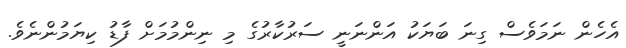
އެހެން ނަމަވެސް ގިނަ ބަޔަކު އަންނަނީ ސަރުކާރުގެ މި ނިންމުމަށް ފާޑު ކިޔަމުންނެވެ.